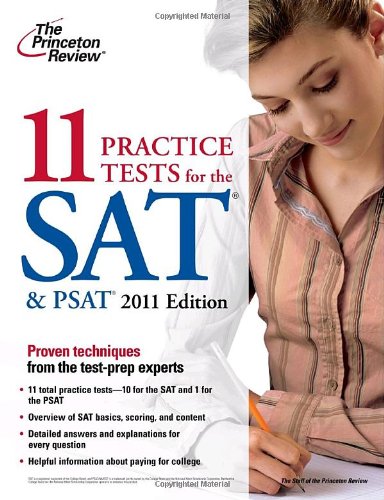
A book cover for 11 Practice Tests for the SAT & PSAT, 2011 Edition (College Test Preparation); Princeton Review; Test Preparation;